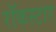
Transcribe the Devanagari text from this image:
रॉकस्‍टार